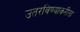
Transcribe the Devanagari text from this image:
उतरविण्याकरीता